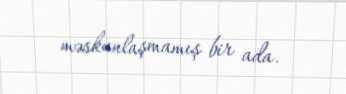
məskunlaşmamış bir ada.